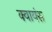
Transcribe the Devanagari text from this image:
क्वायंस